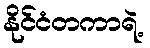
နိုင်ငံတကာရဲ့